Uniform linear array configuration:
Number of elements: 16
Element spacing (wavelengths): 1
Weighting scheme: blackman
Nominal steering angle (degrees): -30
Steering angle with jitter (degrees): -31.378
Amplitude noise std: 0.05
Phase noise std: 0.05

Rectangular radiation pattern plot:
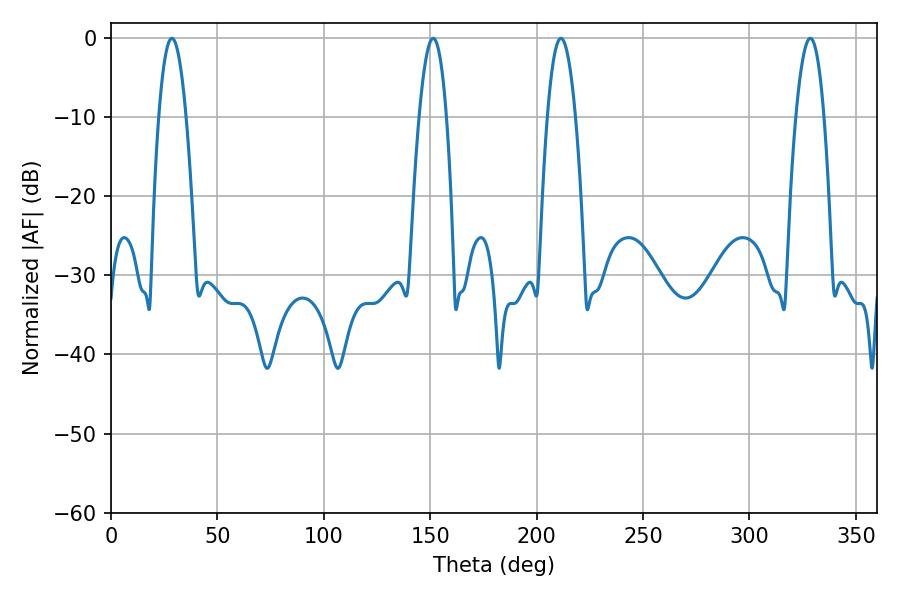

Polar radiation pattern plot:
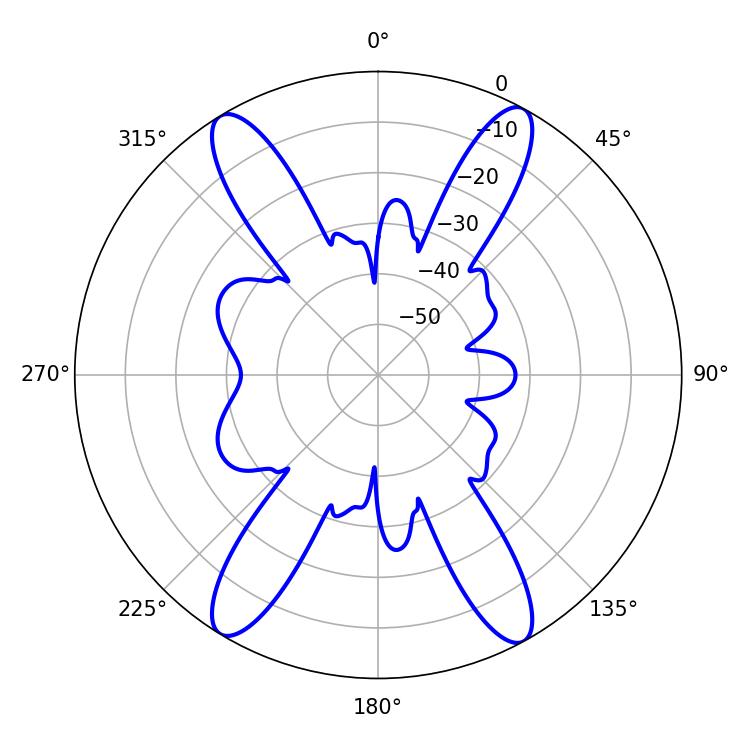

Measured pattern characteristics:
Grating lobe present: TRUE
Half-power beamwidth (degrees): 7.02
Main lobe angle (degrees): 151.38